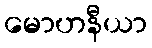
မောဟနီယာ